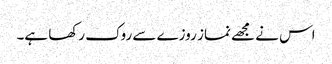
اس نے مجھے نماز روزے سے روک رکھا ہے۔